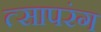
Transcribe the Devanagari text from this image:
त्सापरंग